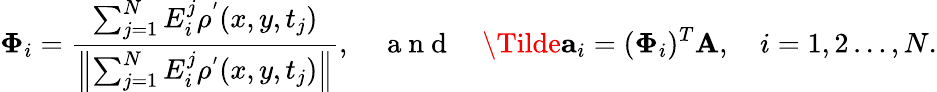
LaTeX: \boldsymbol{\Phi}_{i}=\frac{\sum_{j=1}^{N}E_{i}^{j}\rho^{'}(x,y,t_{j})}{\left\| \sum_{j=1}^{N}E_{i}^{j}\rho^{'}(x,y,t_{j})\right\| },\quad\mathrm{~a~n~d~}\quad\Tilde{\mathbf{a}}_{i}=(\mathbf{\Phi}_{i})^{T}\mathbf{A},\quad i=1,2\ldots,N.